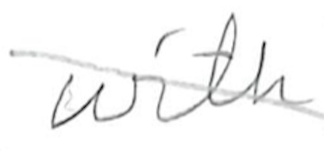
Text: with
Cross-out: diagonal
Writing tool: pencil